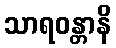
သာရဝန္တာနိ